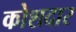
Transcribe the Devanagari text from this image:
कोशदार